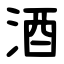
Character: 酒